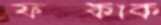
ফস্‌কাক